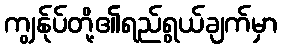
ကျွန်ုပ်တို့၏ရည်ရွယ်ချက်မှာ